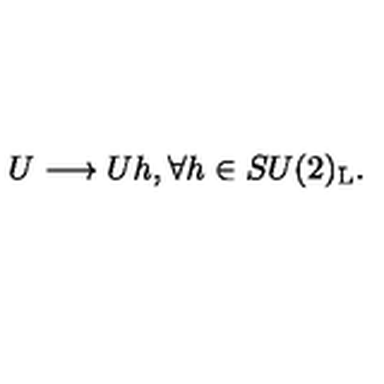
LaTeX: U \longrightarrow U h , \forall h \in S U ( 2 ) _ { \mathrm { L } } .